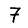
Digit: 7